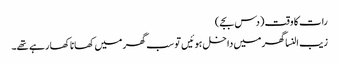
رات کا وقت (دس بجے)
زیب النسا گھر میں داخل ہوئیں تو سب گھر میں کھانا کھا رہے تھے۔